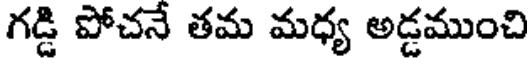
గడ్డి పోచనే తమ మధ్య అడ్డముంచి